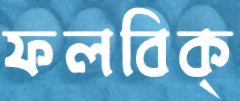
ফলবিক্